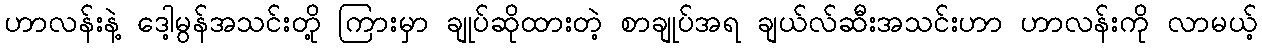
ဟာလန်းနဲ့ ဒေါ့မွန်အသင်းတို့ ကြားမှာ ချုပ်ဆိုထားတဲ့ စာချုပ်အရ ချယ်လ်ဆီးအသင်းဟာ ဟာလန်းကို လာမယ့်